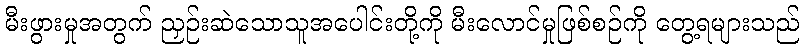
မီးဖွားမှုအတွက် ညှဉ်းဆဲသောသူအပေါင်းတို့ကို မီးလောင်မှုဖြစ်စဉ်ကို တွေ့ရများသည်